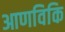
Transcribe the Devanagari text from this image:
आणविकि